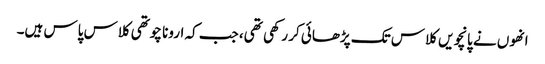
انھوں نے پانچویں کلاس تک پڑھائی کر رکھی تھی، جب کہ ارونا چوتھی کلاس پاس ہیں۔